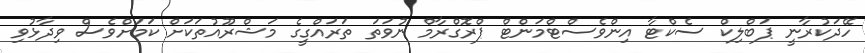
ހޭދަކުރާނީ ޕަބްލިކް ސެކްޓާ އިންވެސްޓްމަންޓް ޕްރޮގްރާމް ނުވަތަ ތަރައްގީގެ މަޝްރޫއުތަކަށް ކަމަށްވެސް ވިދާޅުވި